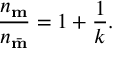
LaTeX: \frac { n _ { \bf m } } { n _ { \bar { \bf m } } } = 1 + \frac { 1 } { k } .